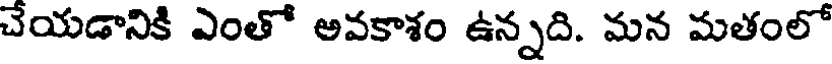
చేయడానికి ఎంతో అవకాశం ఉన్నది. మన మతంలో